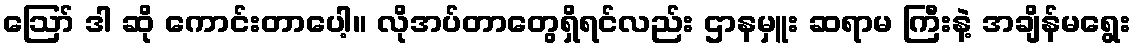
ဪ ဒါ ဆို ကောင်းတာပေါ့။ လိုအပ်တာတွေရှိရင်လည်း ဌာနမှူး ဆရာမ ကြီးနဲ့ အချိန်မရွေး